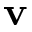
\mathbf { v }